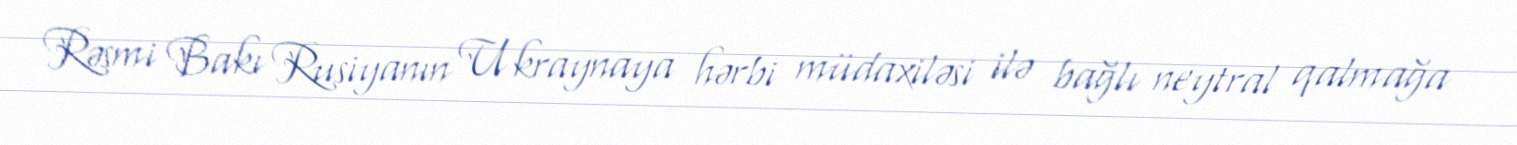
Rəsmi Bakı Rusiyanın Ukraynaya hərbi müdaxiləsi ilə bağlı neytral qalmağa